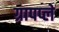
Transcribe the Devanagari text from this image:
ग्रापप्ले